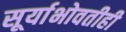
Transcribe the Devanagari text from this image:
सूर्याभोवतीही